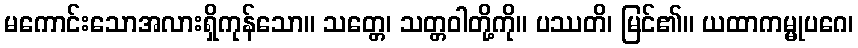
မကောင်းသောအလားရှိကုန်သော။ သတ္တေ၊ သတ္တဝါတို့ကို။ ပဿတိ၊ မြင်၏။ ယထာကမ္မုပဂေ၊